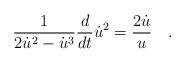
LaTeX: \begin{align*}\frac{1}{2\dot{u}^2-\dot{u}^3}\frac{d}{dt}\dot{u}^2=\frac{2\dot{u}}{u} \quad .\end{align*}